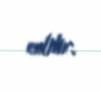
edilir.